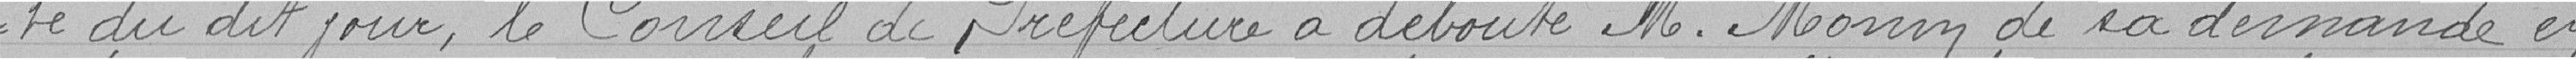
té du dit jour, le Conseil de Préfecture a débouté M.Monin de la demande en